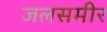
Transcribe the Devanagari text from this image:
जलसमीर